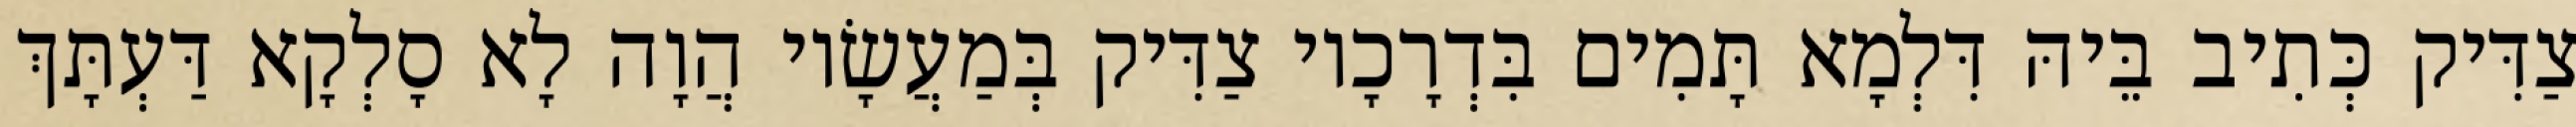
צַדִּיק כְּתִיב בֵּיהּ דִּלְמָא תָּמִים בִּדְרָכָיו צַדִּיק בְּמַעֲשָׂיו הֲוָה לָא סָלְקָא דַּעְתָּךְ